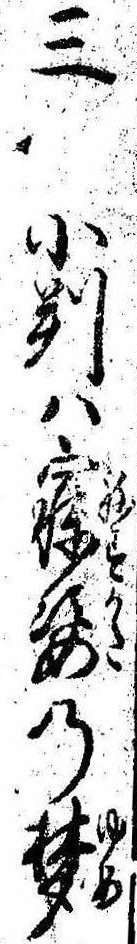
三小判は寐姿の夢